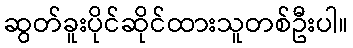
ဆွတ်ခူးပိုင်ဆိုင်ထားသူတစ်ဦးပါ။